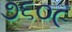
૭૬૦૯